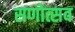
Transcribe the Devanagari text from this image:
सणोत्सव